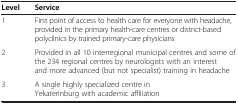
| Level | Service |
 | --- | --- |
 | 1 | First point of access to health care for everyone with headache, provided in the primary health-care centres or district-based polyclinics by trained primary-care physicians |
 | 2 | Provided in all 10 interregional municipal centres and some of the 234 regional centres by neurologists with an interest and more advanced (but not specialist) training in headache |
 | 3 | A single highly specialized centre in Yekaterinburg with academic affiliation |